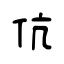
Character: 伉